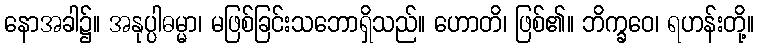
နောအခါ၌။ အနုပ္ပါဓမ္မာ၊ မဖြစ်ခြင်းသဘောရှိသည်။ ဟောတိ၊ ဖြစ်၏။ ဘိက္ခဝေ၊ ရဟန်းတို့။